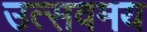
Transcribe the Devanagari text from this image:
उत्सवमय